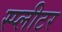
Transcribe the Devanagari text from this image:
स्प्लीटर